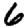
Digit: 6